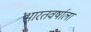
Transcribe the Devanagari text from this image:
भारतवर्षाला